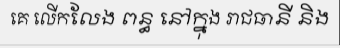
គេ លើកលែង ពន្ធ នៅក្នុង រាជធានី និង